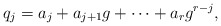
\begin{align*}q_j=a_j+a_{j+1}g+\cdots+a_rg^{r-j},\end{align*}